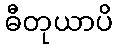
ဓီတုယာပိ